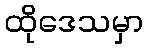
ထိုဒေသမှာ